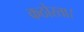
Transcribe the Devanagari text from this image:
कठोरता।